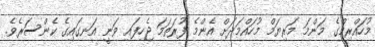
މުހައްރިމްގެ މަންމަ މަރިޔަމް މުހައްމަދަށް އެންމެ ފުރަތަމަ ޖެހިފައި ވަނީ އަނގައިގެ ކެންސަރެެވެ.